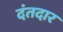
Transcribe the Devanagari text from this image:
दंतदार